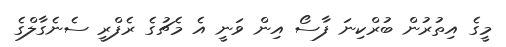
މީގެ އިތުރުން ބުރްކިނަ ފާސޯ އިން ވަނީ އެ މެޗުގެ ރެފްރީ ސެނެގާލްގެ